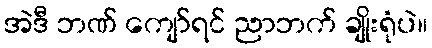
အဲဒီ ဘဏ် ကျော်ရင် ညာဘက် ချိုးရုံပဲ။